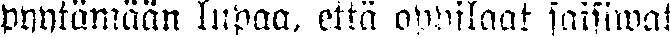
pyytämään lupaa, että oppilaat saisiwat